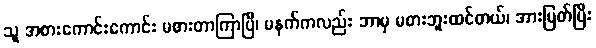
သူ အစားကောင်းကောင်း မစားတာကြာပြီ၊ မနက်ကလည်း ဘာမှ မစားဘူးထင်တယ်၊ အားပြတ်ပြီး